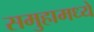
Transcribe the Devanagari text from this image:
समुहामध्ये